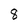
Character: 8